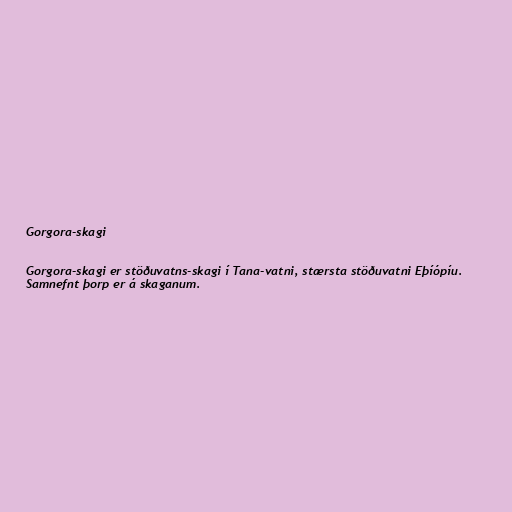
Gorgora-skagi

Gorgora-skagi er stöðuvatns-skagi í Tana-vatni, stærsta stöðuvatni Eþíópíu.
Samnefnt þorp er á skaganum.